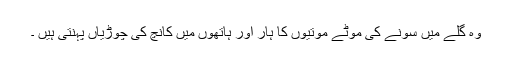
وہ گلے میں سونے کی موٹے موتیوں کا ہار اور ہاتھوں میں کانچ کی چوڑیاں پہنتی ہیں ۔